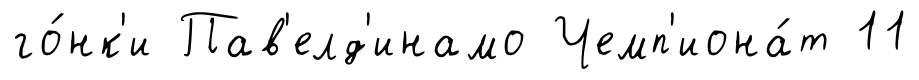
го́нк'и Пав'елд'инамо Чемп'иона́т 11